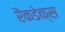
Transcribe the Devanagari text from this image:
रैंकडेक्स